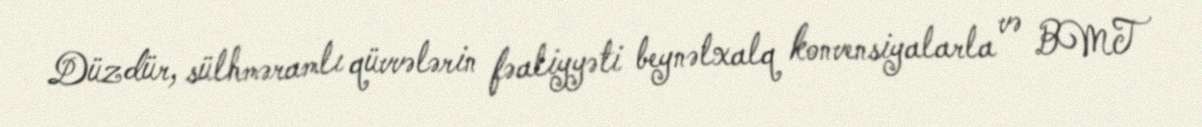
Düzdür, sülhməramlı qüvvələrin fəaliyyəti beynəlxalq konvensiyalarla və BMT